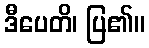
ဒီပေတိ၊ ပြ၏။